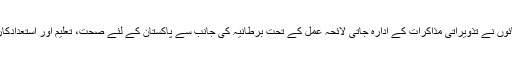
پاکستانی ہائی کمیشن کے ایک بیان میں کہاگیا کہ دونوں رہنمائوں نے تذویراتی مذاکرات کے ادارہ جاتی لائحہ عمل کے تحت برطانیہ کی جانب سے پاکستان کے لئے صحت، تعلیم اور استعدادکاراوردیگرترجیحی شعبوں میں جاری ترقیاتی تعاون کاجائزہ لیا۔